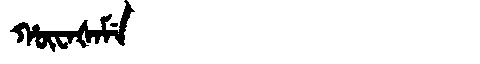
Manchu: ᡥᡡᠸᠠᡧᠠᠮᡝ
Romanization: HŪWAŠAME